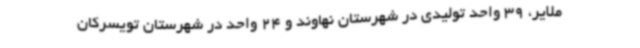
ملایر، 39 واحد تولیدی در شهرستان نهاوند و 24 واحد در شهرستان تویسرکان